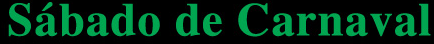
Sabado de Carnaval